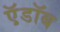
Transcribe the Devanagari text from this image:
ऍ़डॉब